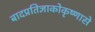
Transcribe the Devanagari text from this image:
बादप्रतिज्ञाकोकृष्णासे